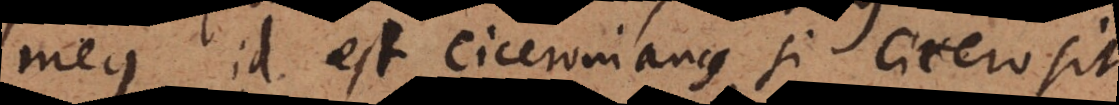
meus id est Ciceronianus, si Cicero sit